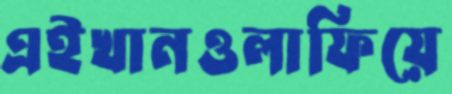
এইখানওলাফিয়ে